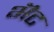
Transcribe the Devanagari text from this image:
भॆंट